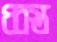
ধ্বস্ত